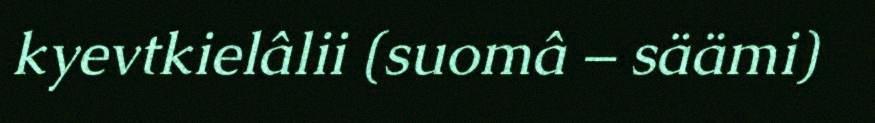
kyevtkielâlii (suomâ – säämi)